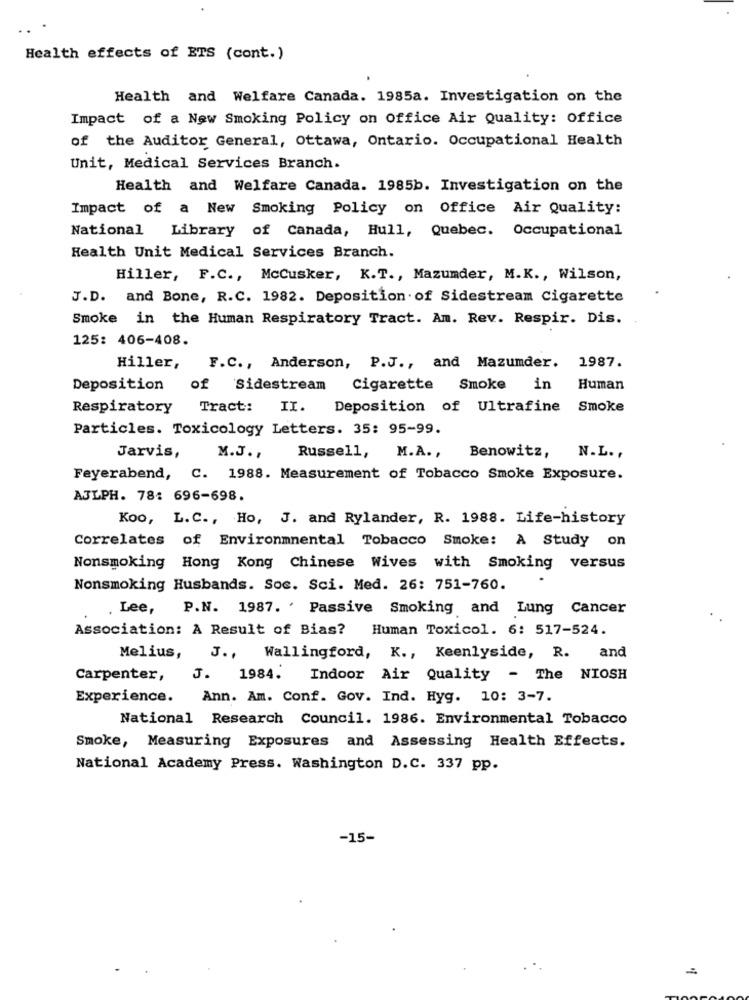
Health effects of ETS (cont.)
Health and Welfare Canada. 1985a. Investigation on the
Impact of a New Smoking Policy on office Air Quality: Office
of the Auditor General, Ottawa, Ontario. Occupational Health
Unit, Medical Services Branch.
Health and Welfare Canada. 1985b. Investigation on the
Impact of a New Smoking Policy on Office Air Quality:
National Library of canada, Hull, Quebec. Occupational
Health Unit Medical Services Branch.
Hiller, F.C ., McCusker, K.T ., Mazumder, M.K ., Wilson,
J.D. and Bone, R.C. 1982. Deposition of Sidestream Cigarette
Smoke in the Human Respiratory Tract. Am. Rev. Respir. Dis.
125: 406-408.
Hiller, F.C ., Anderson, P.J ., and Mazumder. 1987.
Deposition of Sidestream
Cigarette Smoke in Human
Respiratory Tract:
II. Deposition of Ultrafine Smoke
Particles. Toxicology Letters. 35: 95-99.
Russell,
Jarvis,
M.J. ,
M.A ., Benowitz, N.L .,
Feyerabend, C. 1988. Measurement of Tobacco Smoke Exposure.
AJLPH. 78: 696-698.
Koo, L. C ., Ho, J. and Rylander, R. 1988. Life-history
Correlates of Environmental Tobacco Smoke: A Study on
Nonsmoking Hong Kong Chinese Wives with Smoking versus
Nonsmoking Husbands. Soc. Sci. Med. 26: 751-760.
Lee, P.N. 1987. ' Passive Smoking and Lung Cancer
Association: A Result of Bias? Human Toxicol. 6: 517-524.
Melius, J ., Wallingford, K ., Keenlyside, R. and
Carpenter, J. 1984. Indoor Air Quality - The NIOSH
Experience. Ann. Am. Conf. Gov. Ind. Hyg. 10: 3-7.
National Research Council. 1986. Environmental Tobacco
Smoke, Measuring Exposures and Assessing Health Effects.
National Academy Press. Washington D.C. 337 pp.
-15-